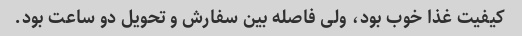
کیفیت غذا خوب بود، ولی فاصله بین سفارش و تحویل دو ساعت بود.